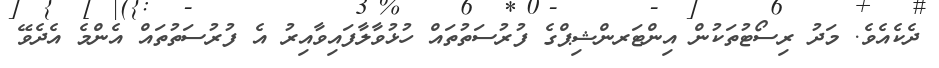
ދެކެއެވެ. މަދު ރިސޯޓުތަކުން އިންޓަރންޝިޕްގެ ފުރުސަތުތައް ހުޅުވާލާފައިވާއިރު އެ ފުރުސަތުތައް އެންމެ އެދެވޭ